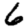
Digit: 6